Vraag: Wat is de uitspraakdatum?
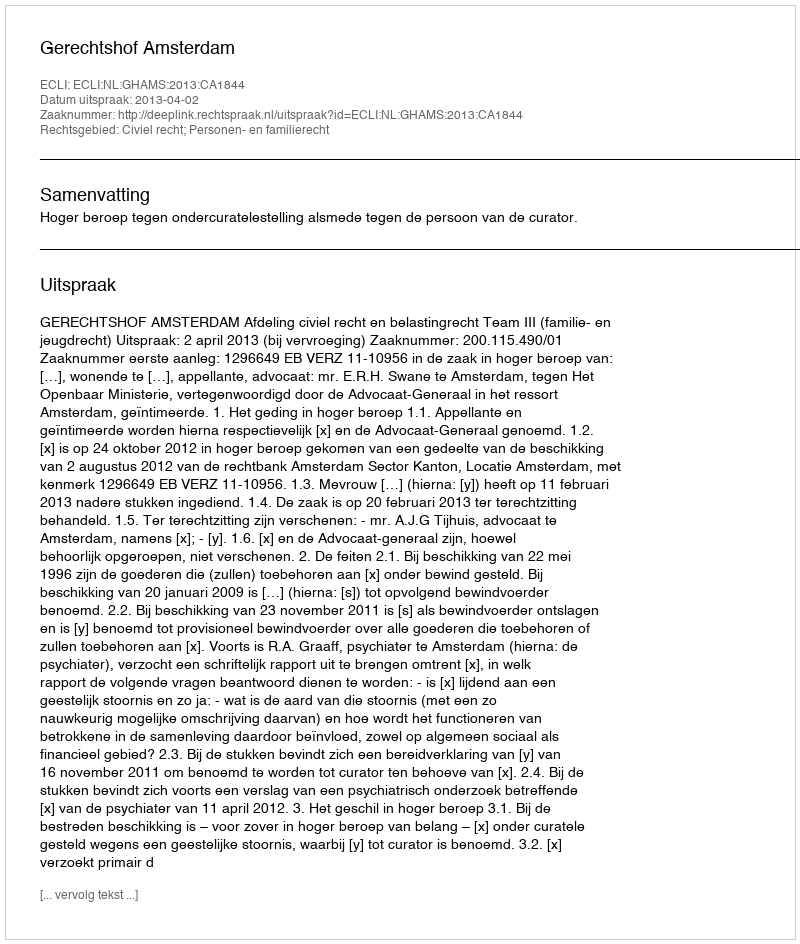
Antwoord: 2013-04-02